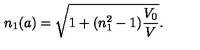
n _ { 1 } ( a ) = \sqrt { 1 + ( n _ { 1 } ^ { 2 } - 1 ) \frac { V _ { 0 } } { V } } .